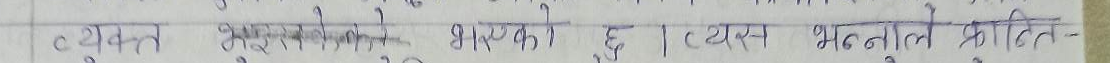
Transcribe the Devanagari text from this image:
c यवन भूत सरूपको भावको छ । त्यस भौतिक प्रकृति-